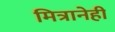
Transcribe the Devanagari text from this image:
मित्रानेही